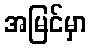
အမြင်မှာ